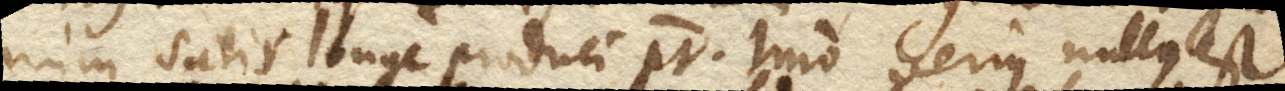
vium satis longe produci potest. Imo verius nullus est